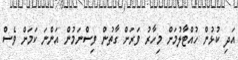
އަދި ކުޅުން ހުއްޓާލުމަށް މިހާރު ވަރަށް ގާތުން ވިސްނަމުން އަންނަ ކަމަށް ވެސް